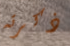
ذكرته